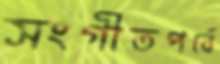
সংগীতপর্বে